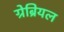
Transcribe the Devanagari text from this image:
ग्रेब्रियल